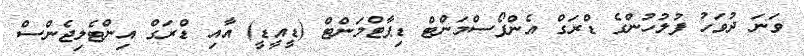
ވަނަ ދުވަހު ފުލުހުންގެ ޑްރަގް އެންފޯސްމަންޓް ޑިޕާޓްމަންޓް (ޑީއީޑީ) އާއި ޑްރަގް އިންޓެލިޖެންސް